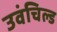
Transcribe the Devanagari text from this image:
उवंचिल्ड